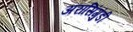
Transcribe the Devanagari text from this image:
अरासिंगुंडी